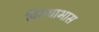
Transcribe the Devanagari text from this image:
विराधाभास